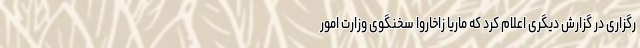
رگزاری در گزارش دیگری اعلام کرد که ماریا زاخاروا سخنگوی وزارت امور